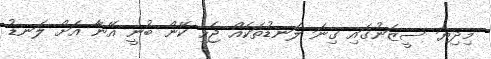
މިދިޔަ ސީޒަނުގައި ގިނަ ލަނޑުތަކެއް ޖެހި ކޭން ބުނީ އޭނާ އަށް ލަނޑު